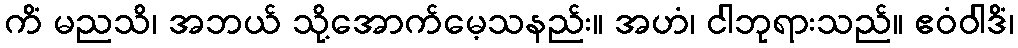
ကိံ မညသိ၊ အဘယ် သို့အောက်မေ့သနည်း။ အဟံ၊ ငါဘုရားသည်။ ဧဝံဝါဒိံ၊